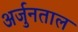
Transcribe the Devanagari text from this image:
अर्जुनताल